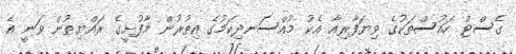
ގެސްޓް ހައުސްތަކުގެ ވިޔަފާރިއާ އެކު މުއްސަނދިކަމުގެ އިތުރުން މާފުށީގެ ރައްޔިތުން ވަނީ އެ